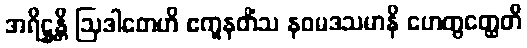
အရိဋ္ဌန္တိ ဩဒါတေဟိ ဧကူနတိံသ နဝမဒသမာနိ ဟေတွတ္ထေတိ